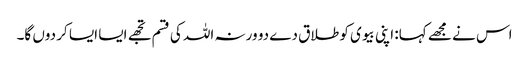
اس نے مجھے کہا: اپنی بیوی کو طلاق دے دو ورنہ اللہ کی قسم تجھے ایسا ایسا کر دوں گا۔